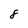
Character: 8